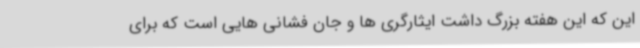
این که این هفته بزرگ داشت ایثارگری ها و جان فشانی هایی است که برای